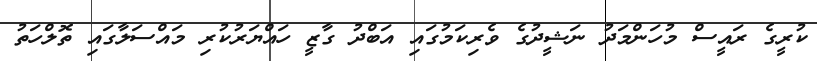
ކުރީގެ ރައީސް މުހަންމަދު ނަޝީދުގެ ވެރިކަމުގައި އަބްދު ގާޒީ ހައްޔަރުކުރި މައްސަލާގައި ތޮލްހަތު